Source: Handwritten
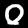
Digit: ၀ (0)